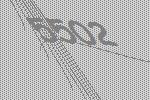
5502